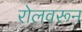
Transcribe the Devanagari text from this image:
रोलवरून